Scottish Certificate of Education, 1963
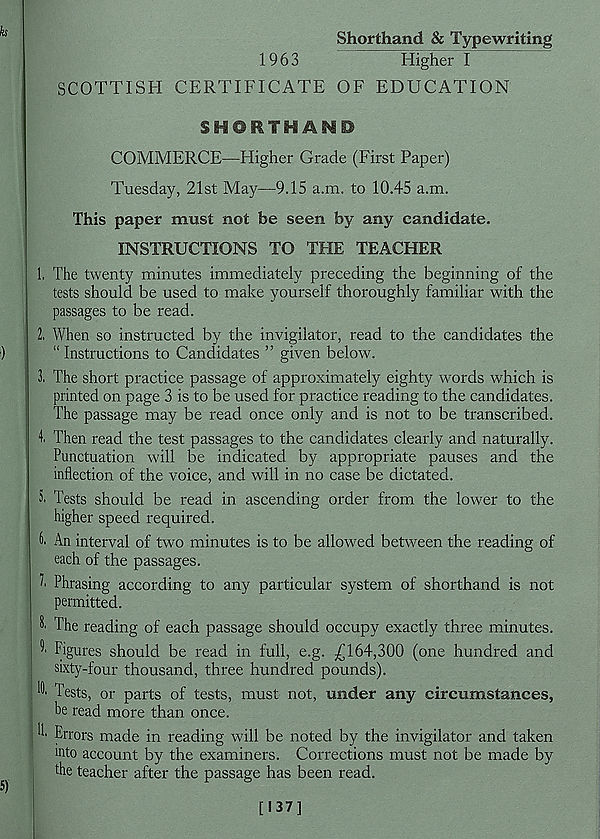
Shorthand & Typewriting
1963
Higher I
SCOTTISH CERTIFICATE OF EDUCATION
SHORTHAND
COMMERCE—Higher Grade (First Paper)
Tuesday, 21st May—9.15 a.m. to 10.45 a.m.
This paper must not be seen by any candidate.
INSTRUCTIONS TO THE TEACHER
1. The twenty minutes immediately preceding the beginning of the
tests should be used to make yourself thoroughly familiar with the
passages to be read.
2. When so instructed by the invigilator, read to the candidates the
“ Instructions to Candidates ” given below.
3. The short practice passage of approximately eighty words which is
printed on page 3 is to be used for practice reading to the candidates.
The passage may be read once only and is not to be transcribed.
I. Then read the test passages to the candidates clearly and naturally.
Punctuation will be indicated by appropriate pauses and the
inflection of the voice, and will in no case be dictated.
5. Tests should be read in ascending order from the lower to the
higher speed required.
k An interval of two minutes is to be allowed between the reading of
each of the passages.
"■ Phrasing according to any particular system of shorthand is not
permitted.
8' The reading of each passage should occupy exactly three minutes.
^ Figures should be read in full, e.g. £164,300 (one hundred and
sixty-four thousand, three hundred pounds).
Tests, or parts of tests, must not, under any circumstances,
be read more than once.
b' Errors made in reading will be noted by the invigilator and taken
into account by the examiners. Corrections must not be made by
the teacher after the passage has been read.
[!37]